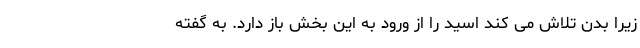
زیرا بدن تلاش می کند اسید را از ورود به این بخش باز دارد. به گفته